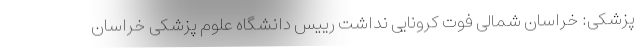
پزشکی: خراسان شمالی فوت کرونایی نداشت رییس دانشگاه علوم پزشکی خراسان